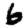
Digit: 6